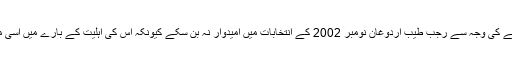
لیکن شہر سیرت کے جلسہ عام کے مقدمے کی وجہ سے رجب طیب اردوغان نومبر 2002 کے انتخابات میں امیدوار نہ بن سکے کیونکہ اس کی اہلیت کے بارے میں اسی مقدمے کی روشنی میں عدالتی حکم آیا تھا۔